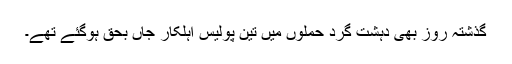
گذشتہ روز بھی دہشت گرد حملوں میں تین پولیس اہلکار جاں بحق ہوگئے تھے۔